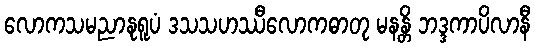
လောကသမညာနုရူပံ ဒသသဟဿီလောကဓာတု မနန္တိ ဘဒ္ဒကာပိလာနီ